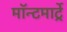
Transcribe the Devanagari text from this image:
मॉन्टमार्ट्रे